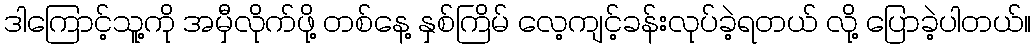
ဒါကြောင့်သူ့ကို အမှီလိုက်ဖို့ တစ်နေ့ နှစ်ကြိမ် လေ့ကျင့်ခန်းလုပ်ခဲ့ရတယ် လို့ ပြောခဲ့ပါတယ်။